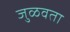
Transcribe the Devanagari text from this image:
जुळवता